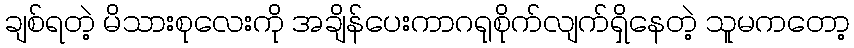
ချစ်ရတဲ့ မိသားစုလေးကို အချိန်ပေးကာဂရုစိုက်လျက်ရှိနေတဲ့ သူမကတော့